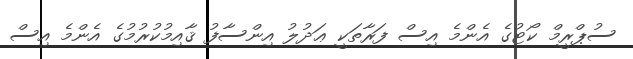
ސުޕްރީމް ކޯޓުގެ އެންމެ އިސް ފަރާތަކީ ޢަދުލު އިންސާފު ޤާއިމުކުރުމުގެ އެންމެ އިސް